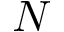
N